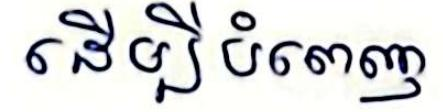
ដើម្បីបំពេញ